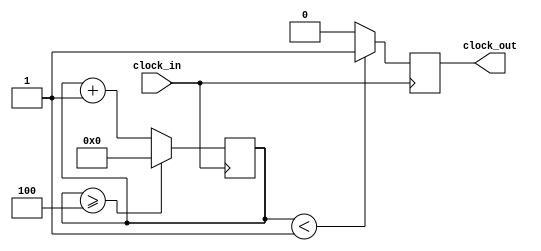
`timescale 1ns / 1ps
//////////////////////////////////////////////////////////////////////////////////
// Company: 
// Engineer: 
// 
// Design Name: 
// Module Name: clock_divider
// Project Name: 
// Target Devices: 
// Tool Versions: 
// Description: 
// 
// Dependencies: 
// 
// Revision:
// Revision 0.01 - File Created
// Additional Comments:
// 
//////////////////////////////////////////////////////////////////////////////////


//Counter based

//module clock_divider(input clk, output reg divided_clk);

module clock_divider(clock_in,clock_out);

input clock_in; // input clock on FPGA
output reg clock_out; // output clock after dividing the input clock by divisor
reg[27:0] counter=28'd0;
parameter DIVISOR = 28'd5;
// The frequency of the output clk_out
//  = The frequency of the input clk_in divided by DIVISOR
// For example: Fclk_in = 50Mhz, if you want to get 1Hz signal to blink LEDs
// You will modify the DIVISOR parameter value to 28'd50.000.000
// Then the frequency of the output clk_out = 50Mhz/50.000.000 = 1Hz

initial
begin
clock_out=0;
end

always @(posedge clock_in)
begin
 counter <= counter + 28'd1;
 if(counter>=(DIVISOR-1))
 begin
  counter <= 28'd0;
 end
 clock_out <= (counter<DIVISOR/5)?1'b1:1'b0;

end
endmodule